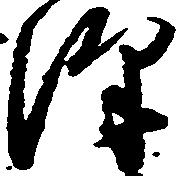
沢